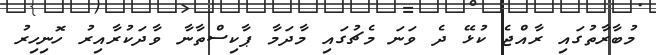
މުބާރާތުގައި ރާއްޖެ ކުޅޭ ދެ ވަނަ މެޗުގައި މާދަމާ ޕާކިސްތާނާ ވާދަކުރާއިރު ހޮނިހިރު